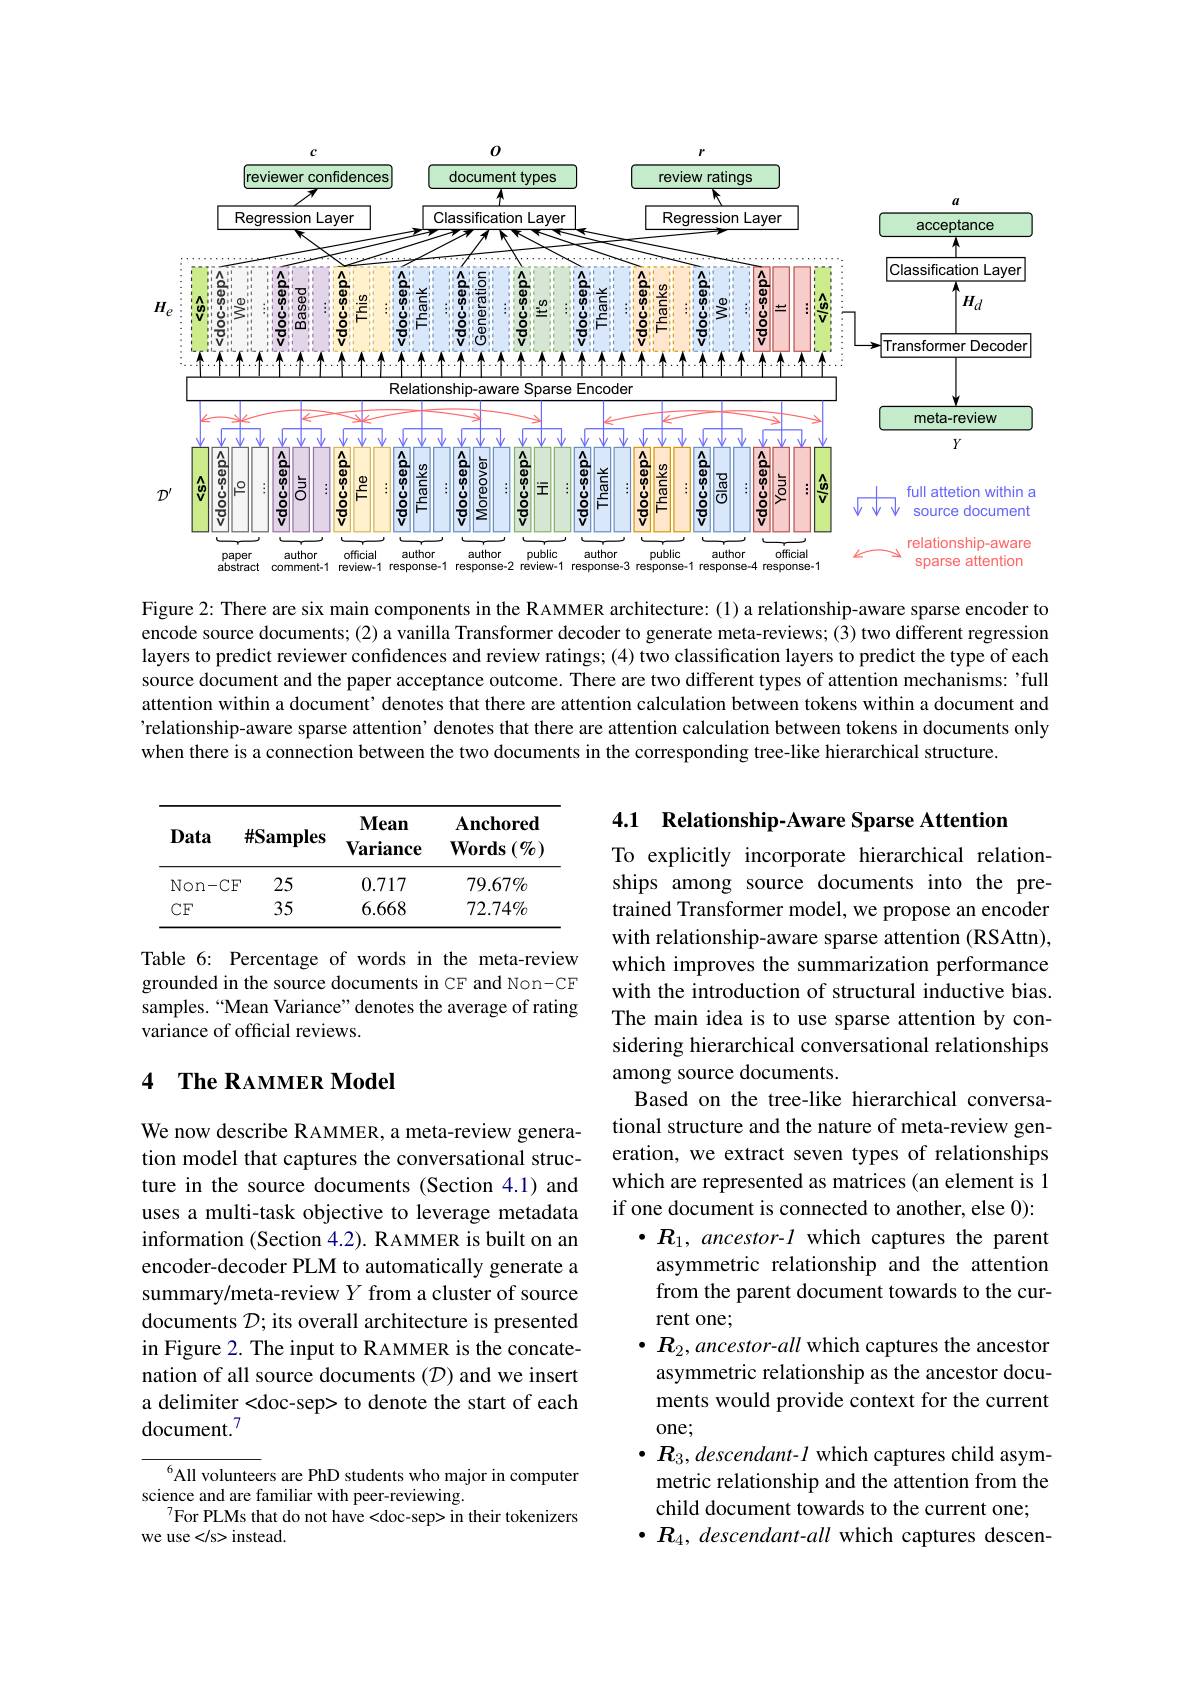
<FigureHere>

Figure 2: There are six main components in the RAMMER architecture: (1) a relationship-aware sparse encoder to encode source documents; (2) a vanilla Transformer decoder to generate meta-reviews; (3) two different regression layers to predict reviewer confidences and review ratings; (4) two classification layers to predict the type of each source document and the paper acceptance outcome. There are two different types of attention mechanisms: 'full attention within a document’ denotes that there are attention calculation between tokens within a document and 'relationship-aware sparse attention’ denotes that there are attention calculation between tokens in documents only when there is a connection between the two documents in the corresponding tree-like hierarchical structure.

4.1 Relationship-Aware Sparse Attention

<table>
	<tbody>
		<tr>
			<th>Data</th>
			<th>$\#\mathbf{Samples}$</th>
			<th>Mean $\mathbf{Variance}$</th>
			<th>$\mathbf{Anchored}$ $\mathbf{Words}\left(\emptyset\right)$</th>
		</tr>
		<tr>
			<td>$Non-$</td>
			<td>$:\mathbb{F}$ 25</td>
			<td>0.717</td>
			<td>$79.67\%$</td>
		</tr>
		<tr>
			<td>$CF$</td>
			<td>35</td>
			<td>6.668</td>
			<td>$72.74\%$</td>
		</tr>
	</tbody>
</table>

Table 6: Percentage of words in the meta-review grounded in the source documents in CF and Non-CF samples.“Mean Variance”denotes the average of rating variance of official reviews.

## 4 $\textbf{The RAMMER Model}$

To explicitly incorporate hierarchical relationships among source documents into the pretrained Transformer model, we propose an encoder with relationship-aware sparse attention (RSAttn), which improves the summarization performance with the introduction of structural inductive bias. The main idea is to use sparse attention by considering hierarchical conversational relationships among source documents.
Based on the tree-like hierarchical conversational structure and the nature of meta-review generation, we extract seven types of relationships which are represented as matrices (an element is 1 if one document is connected to another, else 0):
$\bullet R_1, \textit{ ancestor- l which captures the parent}$ asymmetric relationship and the attention from the parent document towards to the current one;
$\bullet R_{2},ancestor-all$ which captures the ancestor asymmetric relationship as the ancestor documents would provide context for the current one;
$\bullet R_3,descendant-1$ which captures child asymmetric relationship and the attention from the child document towards to the current one;
$\bullet R_4$, descendant-all which captures descen-

We now describe RAMMER, a meta-review generation model that captures the conversational structure in the source documents (Section 4.1) and uses a multi-task objective to leverage metadata information (Section 4.2). RAMMER is built on an encoder-decoder PLM to automatically generate a summary/meta-review $Y$ from a cluster of source documents $\mathcal{D};$ its overall architecture is presented in Figure 2. The input to RAMMER is the concatenation of all source documents (D) and we insert a delimiter <doc-sep> to denote the start of each document.$^{7}$

$^{6}$All volunteers are PhD students who major in computer
science and are familiar with peer-reviewing.
$^{7}$For PLMs that do not have<doc-sep> in their tokenizers
we use
 instead.